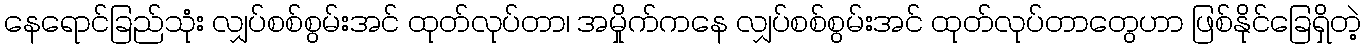
နေရောင်ခြည်သုံး လျှပ်စစ်စွမ်းအင် ထုတ်လုပ်တာ၊ အမှိုက်ကနေ လျှပ်စစ်စွမ်းအင် ထုတ်လုပ်တာတွေဟာ ဖြစ်နိုင်ခြေရှိတဲ့